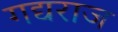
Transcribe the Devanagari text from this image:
गद्यराज